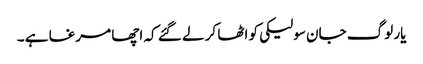
یار لوگ جان سولیکی کو اٹھا کر لے گئے کہ اچھا مرغا ہے ۔